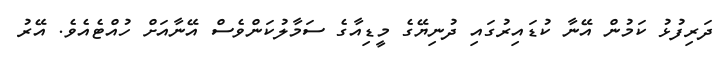
ދަރިފުޅު ކަމުން އޭނާ ކުޑައިރުގައި ދުނިޔޭގެ މީޑިއާގެ ސަމާލުކަންވެސް އޭނާއަށް ހުއްޓެއެވެ. އޭރު